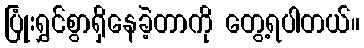
ပြုံးရွှင်စွာရှိနေခဲ့တာကို တွေ့ရပါတယ်။